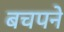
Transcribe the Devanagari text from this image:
बचपने